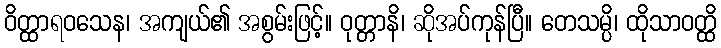
ဝိတ္ထာရဝသေန၊ အကျယ်၏ အစွမ်းဖြင့်။ ဝုတ္တာနိ၊ ဆိုအပ်ကုန်ပြီ။ တေသမ္ပိ၊ ထိုသာဝတ္ထိ